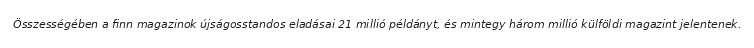
Összességében a finn magazinok újságosstandos eladásai 21 millió példányt, és mintegy három millió külföldi magazint jelentenek.